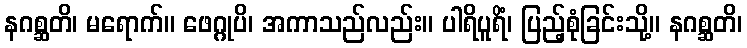
နဂစ္ဆတိ၊ မရောက်။ ဖေဂ္ဂုပိ၊ အကာသည်လည်း။ ပါရိပူရိံ၊ ပြည့်စုံခြင်းသို့။ နဂစ္ဆတိ၊